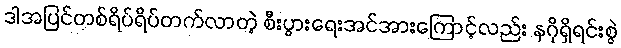
ဒါအပြင်တစ်ရိပ်ရိပ်တက်လာတဲ့ စီးပွားရေးအင်အားကြောင့်လည်း နဂိုရှိရင်းစွဲ